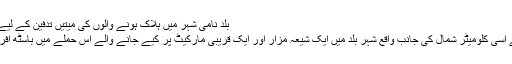
بلد نامی شہر میں ہلاک ہونے والوں کی میتیں تدفین کے لیے لے جائی جا رہی ہیں
دارالحکومت بغداد سے اسی کلومیٹر شمال کی جانب واقع شہر بلد میں ایک شیعہ مزار اور ایک قریبی مارکیٹ پر کیے جانے والے اس حملے میں باسٹھ افراد زخمی بھی ہو گئے۔